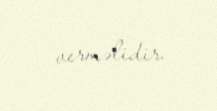
verməlidir.